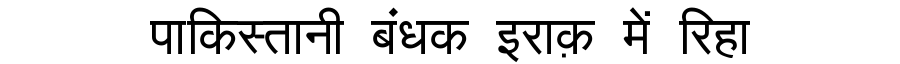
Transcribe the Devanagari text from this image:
पाकिस्तानी बंधक इराक़ में रिहा